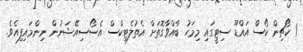
1 ކޯޗިން ކޯސް އައްޑޫ ސިޓީގައި މިމަހު ބާއްވާގޮތަށް އެތުލެޓިކްސް އެސޯސިއޭޝަނުން ނިންމައިފިއެވެ.